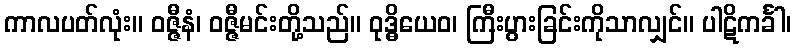
ကာလပတ်လုံး။ ဝဇ္ဇီနံ၊ ဝဇ္ဇီမင်းတို့သည်။ ဝုဒ္ဓိယေဝ၊ ကြီးပွားခြင်းကိုသာလျှင်။ ပါဋိကင်္ခါ၊